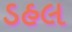
ડહલ